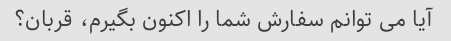
آیا می توانم سفارش شما را اکنون بگیرم، قربان؟